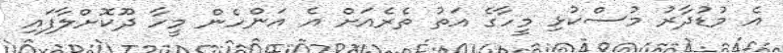
އެ މުޑުދާރު މުސްކުޅި މީހާގެ އަތު ތެރެއަށް އެ އަންހެން މީހާ ދޫކޮށްލާފައި